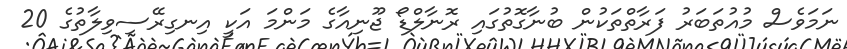
ނަމަވެސް މުއުތަބަރު ފަރާތްތަކުން ބުނާގޮތުގައި ރޮނާލްޑޯ ޖޫނިއާގެ މަންމަ އަކީ އިނގިރޭސިވިލާތުގެ 20